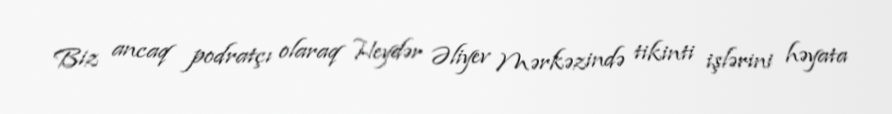
Biz ancaq podratçı olaraq Heydər Əliyev Mərkəzində tikinti işlərini həyata